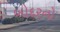
બોદરનો